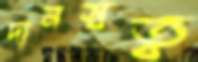
দানস্বত্ব